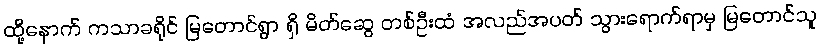
ထို့နောက် ကသာခရိုင် မြတောင်ရွာ ရှိ မိတ်ဆွေ တစ်ဦးထံ အလည်အပတ် သွားရောက်ရာမှ မြတောင်သူ